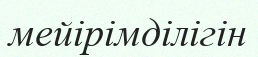
мейірімділігін